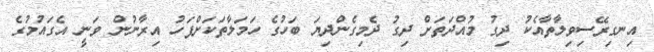
އިނގިރޭސިވިލާތާއެކު ދިގު މުއްދަތަަށް ދިގު ދެމިގެންދިޔަ ބަހުގެ ހަމަލާތަކަށްފަހު އިރާނުން ވަނީ އެގައުމުގެ